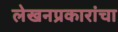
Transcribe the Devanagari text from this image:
लेखनप्रकारांचा